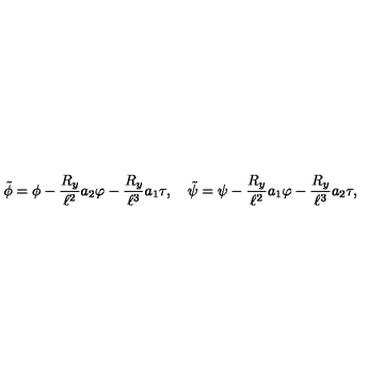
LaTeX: \tilde { \phi } = \phi - { \frac { R _ { y } } { \ell ^ { 2 } } } a _ { 2 } \varphi - { \frac { R _ { y } } { \ell ^ { 3 } } } a _ { 1 } \tau , \quad \tilde { \psi } = \psi - { \frac { R _ { y } } { \ell ^ { 2 } } } a _ { 1 } \varphi - { \frac { R _ { y } } { \ell ^ { 3 } } } a _ { 2 } \tau ,